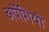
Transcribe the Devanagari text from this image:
अर्पेगियो